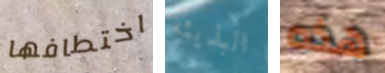
اختطافها البذيئة هذه